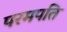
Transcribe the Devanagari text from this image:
परमपति